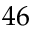
4 6